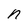
Character: n